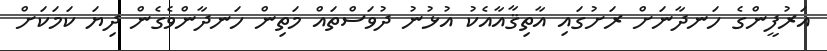
އަރުފީންގެ ހަނދާނަށް ރަށުގައި އާތިޤާއާއެކު އުޅުނު ދުވަސްތައް މަތިން ހަނދާންވެގެން ދިޔަ ކަމަކަށް